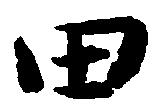
田